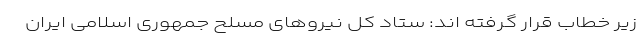
زیر خطاب قرار گرفته اند: ستاد کل نیروهای مسلح جمهوری اسلامی ایران